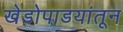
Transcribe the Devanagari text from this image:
खेडोपाडयांतून